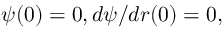
\psi ( 0 ) = 0 , d \psi / d r ( 0 ) = 0 ,